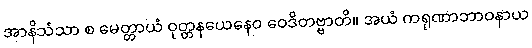
အာနိသံသာ စ မေတ္တာယံ ဝုတ္တနယေနေဝ ဝေဒိတဗ္ဗာတိ။ အယံ ကရုဏာဘာဝနာယ